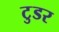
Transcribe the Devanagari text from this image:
टुडर